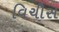
વિચીસ